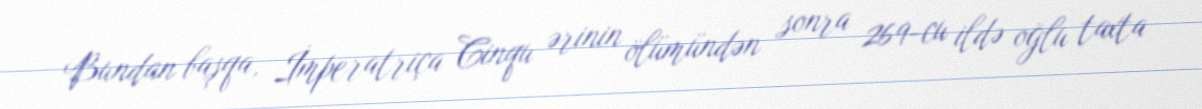
Bundan başqa, İmperatriça Cinqu ərinin ölümündən sonra 269-cu ildə oğlu taxta